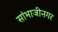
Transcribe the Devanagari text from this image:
सांभाजीनगर